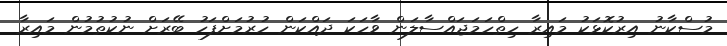
މުސްކާނު އިރުކޮޅަކު މައިރާ ހިތްހަމަޖައްސާލަން ވާހަކަ ދައްކަން ހުރުމަށްފަހު ބޭރަށް ނުކުތުމުން މައިރާ